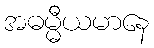
အဓမ္မီယမာနေ